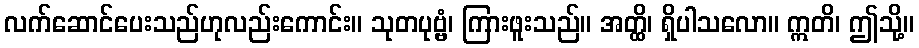
လက်ဆောင်ပေးသည်ဟုလည်းကောင်း။ သုတပုဗ္ဗံ၊ ကြားဖူးသည်။ အတ္ထိ၊ ရှိပါသလော။ ဣတိ၊ ဤသို့။